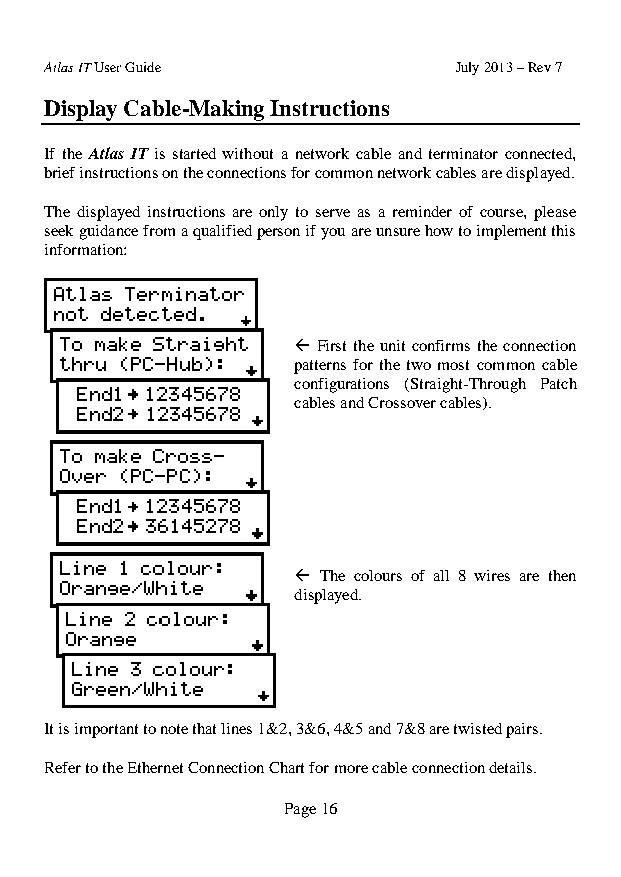
Atlas IT User Guide        July 2013 – Rev 7
 Display Cable-Making Instructions
 If the Atlas IT is started without a network cable and terminator connected,
 brief instructions on the connections for common network cables are displayed.
 The displayed instructions are only to serve as a reminder of course, please
 seek guidance from a qualified person if you are unsure how to implement this
 information:
  First the unit confirms the connection
 patterns for the two most common cable
 configurations (Straight-Through Patch
 cables and Crossover cables).
  The colours of all 8 wires are then
 displayed.
 It is important to note that lines 1&2, 3&6, 4&5 and 7&8 are twisted pairs.
 Refer to the Ethernet Connection Chart for more cable connection details.
 Page 16